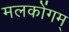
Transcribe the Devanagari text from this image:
मलकोंगम्